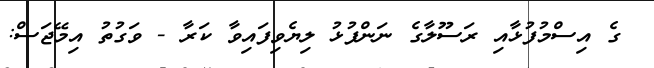
ގެ އިސްމުފުޅާއި ރަސޫލާގެ ނަންފުޅު ލިޔެވިފައިވާ ކަރާ - ވަގުތު އިމޭޖަސް: